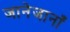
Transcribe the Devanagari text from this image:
जानेजानाँ